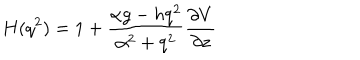
H ( q ^ { 2 } ) = 1 + \frac { \alpha g - h q ^ { 2 } } { \alpha ^ { 2 } + q ^ { 2 } } \frac { \partial V } { \partial z }